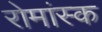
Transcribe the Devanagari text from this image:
रोमांस्क